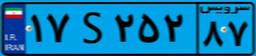
۱۷S۲۵۲۸۷